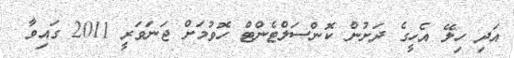
އަދި ހިލޭ އެހީގެ ދަށުން ކޮންސަލްޓެންޓް ހޮވުމަށް ޖަނަވަރީ 2011 ގައިވާ